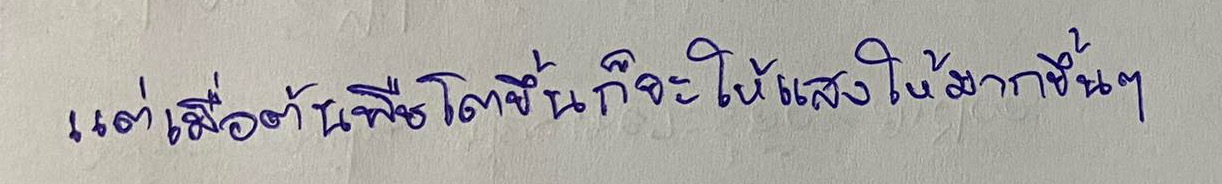
แต่เมื่อต้นพืชโตขึ้นก็จะให้แสงให้มากขึ้นๆ